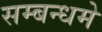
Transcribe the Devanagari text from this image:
सम्बन्धमे